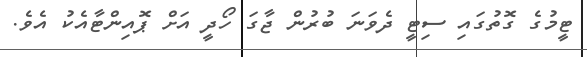
ޓީމުގެ ގޮތުގައި ސިޓީ ދެވަނަ ބުރުން ޖާގަ ހޯދީ އަށް ޕޮއިންޓާއެކު އެވެ.